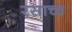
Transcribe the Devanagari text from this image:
रसाच्च